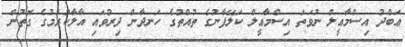
ޢަބްދު އިސްމާޢީލް ނުވަތަ އިސްމާޢީލް ކަލޭފާނުގެ ތުއްތުގެ ހަނދާން ދިރުވައި އާލާކުރުމުގެ ގޮތުން